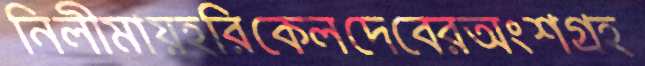
নিলীমায়হরিকেলদেবেরঅংশগ্রহ